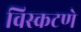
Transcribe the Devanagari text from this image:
विस्कटणे